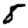
Digit: 8